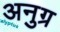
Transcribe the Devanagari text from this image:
अनुग्र